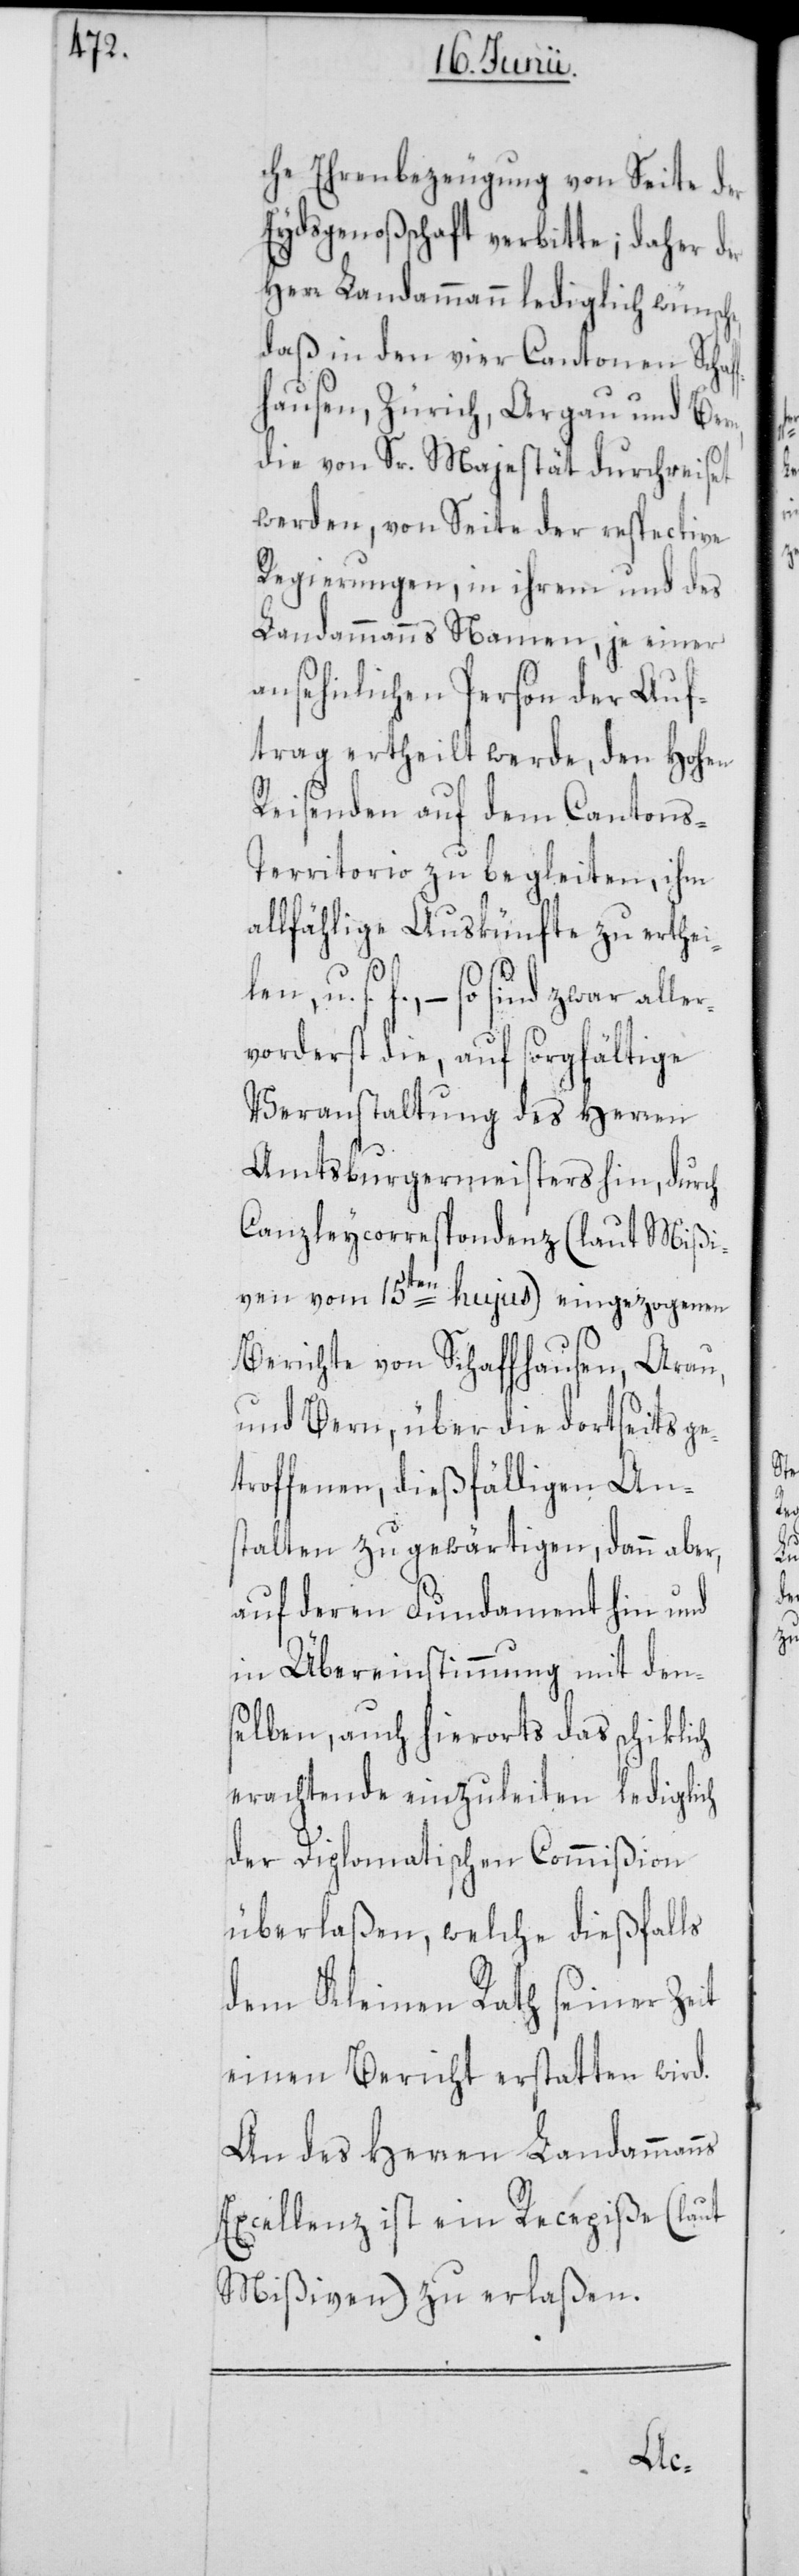
che Ehrenbezeugung von Seite der
Eydsgenoßenschaft verbitte; daher der
Herr Landammann lediglich wünsche,
daß in den vier Cantonen Schaf¬
fhausen, Zürich, Argau und Bern,
die von Sr. Majestät durchreiset
werden, von Seite der respective
Regierungen, in ihrem und des
Landammanns Namen, je einer
ansehnlichen Person der Auf¬
trag ertheilt werde, den Hohen
Reisenden auf dem Cantons-T¬
erritorio zu begleiten, ihm
allfählige Auskünfte zu erthei¬
f., – so sind zwar alle¬
rvorderst die, auf sorgfältige
Veranstaltung des Herren
Amtsburgermeisters hin, durch
Canzleycorrespondenz (laut Mißi¬
ven vom 15ten hujus) eingezogenen
Berichte von Schaffhausen, Arau,
und Bern, über die dortseits ge¬
troffenen, dießfälligen Ans¬
talten zu gewärtigen, dann aber,
auf deren Fundament hin und
in Übereinstimmung mit den¬
selben, auch hierorts das schiklich
erachtende einzuleiten lediglich
der Diplomatischen Commißion
überlaßen, welche dießfalls
dem Kleinen Rath seiner Zeit
einen Bericht erstatten wird.
An des Herren Landammanns
Excellenz ist ein Recepiße (laut
Mißiven) zu erlaßen.
len,